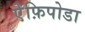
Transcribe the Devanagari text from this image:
ऐंफ़िपोडा